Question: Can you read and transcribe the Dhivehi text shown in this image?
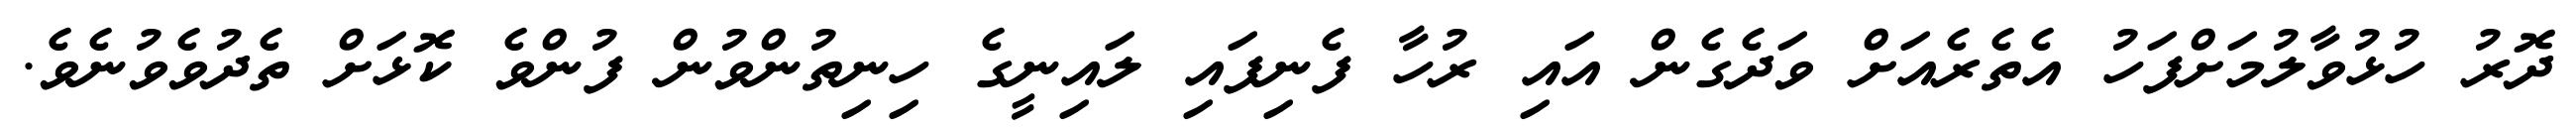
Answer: ދޮރު ހުޅުވާލުމަށްފަހު އެތެރެއަށް ވަދެގެން އައި ރުހާ ފެނިފައި ލައިނީގެ ހިނިތުންވުން ފުންވެ ކޮޅަށް ތެދުވެވުނެވެ.